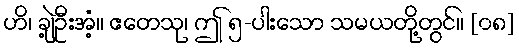
ဟိ၊ ချဲ့ဦးအံ့။ ဧတေသု၊ ဤ ၅-ပါးသော သမယတို့တွင်။ [၀၈]